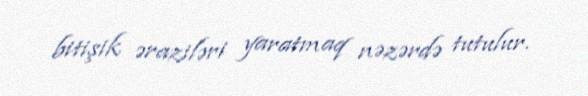
bitişik əraziləri yaratmaq nəzərdə tutulur.